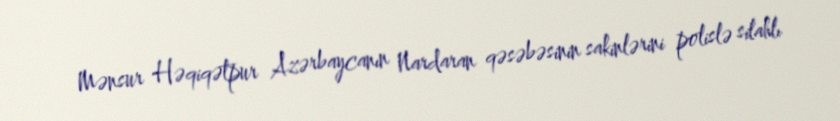
Mənsur Həqiqətpur Azərbaycanın Nardaran qəsəbəsinin sakinlərini polislə silahlı